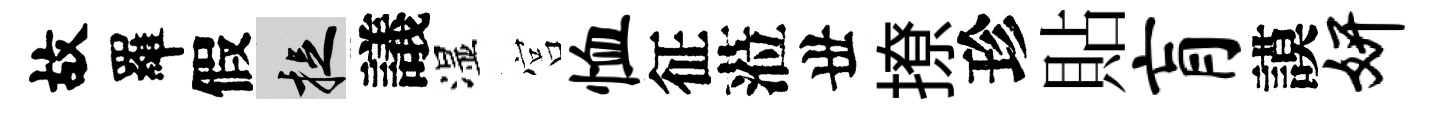
故羅假捉議湿宫恤征蒞丗撩珍貼肓謨妍